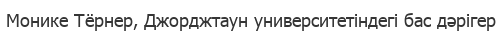
Монике Тёрнер, Джорджтаун университетіндегі бас дәрігер